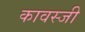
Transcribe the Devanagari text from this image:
कावस्जी